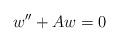
LaTeX: \begin{align*}w^{\prime\prime}+Aw=0\end{align*}